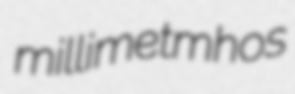
millimetmhos